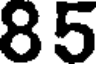
85